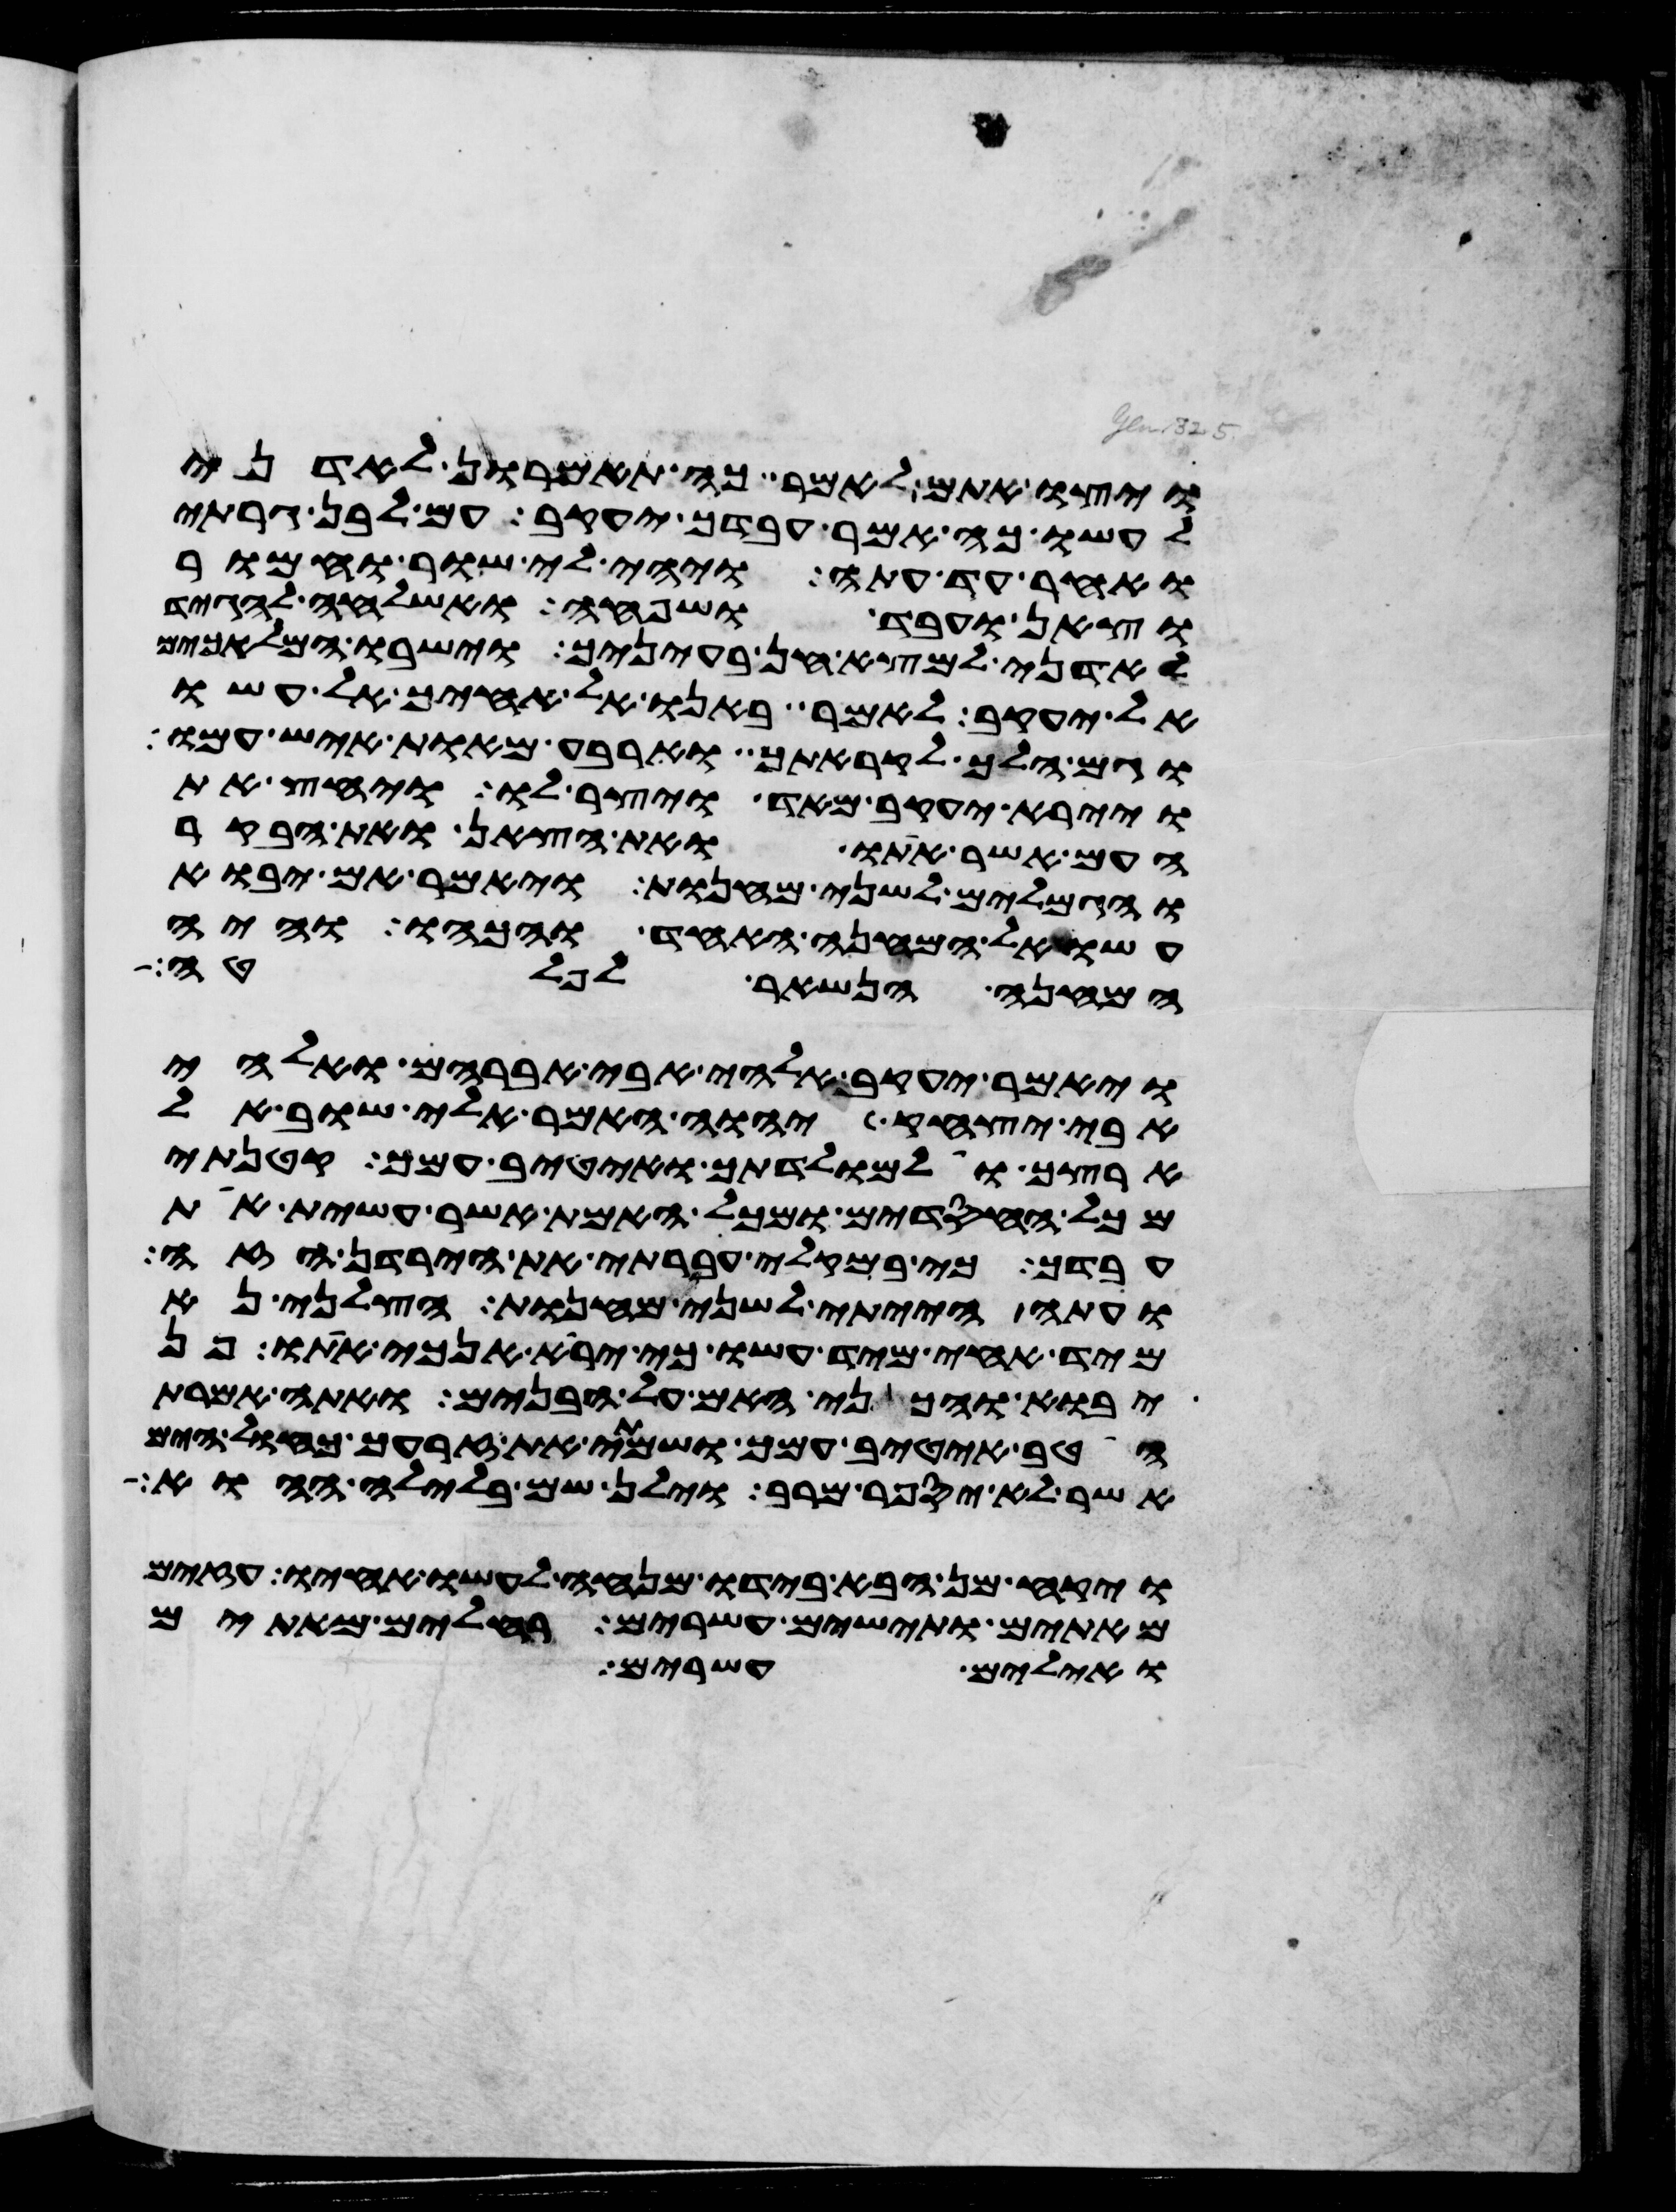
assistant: ויצו אתם לאמר כה תאמרון לאדני
לעשו כה אמר עבדך יעקב עם לבן גרתי
ואחר עד עתה ויהי לי שור וחמור
וצאן ועבד ושפחה ואשלחה להגיד
לאדני למצא חן בעיניך וישבו המלאכים
אל יעקב לאמר באנו אל אחיך אל עשו
וגם הלך לקראתך וארבע מאות איש עמו
ויירא יעקב מאד ויצר לו ויחץ את
העם אשר אתו ואת הצאן ואת הבקר
והגמלים לשני מחנות ויאמר אם יבוא
עשו אל המחנה האחד והכהו והיה
המחנה הנשאר לפלטה
ויאמר יעקב אלהי אבי אברהם ואלהי
אבי יצחק יהוה אמר אלי שוב אל
ארצך ואל מולדתך ואטיב עמך קטנתי
מכל החסדים ומכל האמת אשר עשית את
עבדך כי במקלי עברתי את הירדן הזה
ועתה הייתי לשני מחנות הצלני נא
מיד אחי מיד עשו כי ירא אנכי אתו פן
יבוא והכני האם על הבנים ואתה אמרת
הטיב אטיב עמך ושמתי את זרעך כחול הים
אשר לא יספר מרב וילן שם בלילה ההוא
ויקח מן הבא בידו מנחה לעשו אחיו עזים
מאתים ותישים עשרים רחלים מאתים
ואילים עשרים